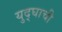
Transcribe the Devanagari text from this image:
युद्घाची